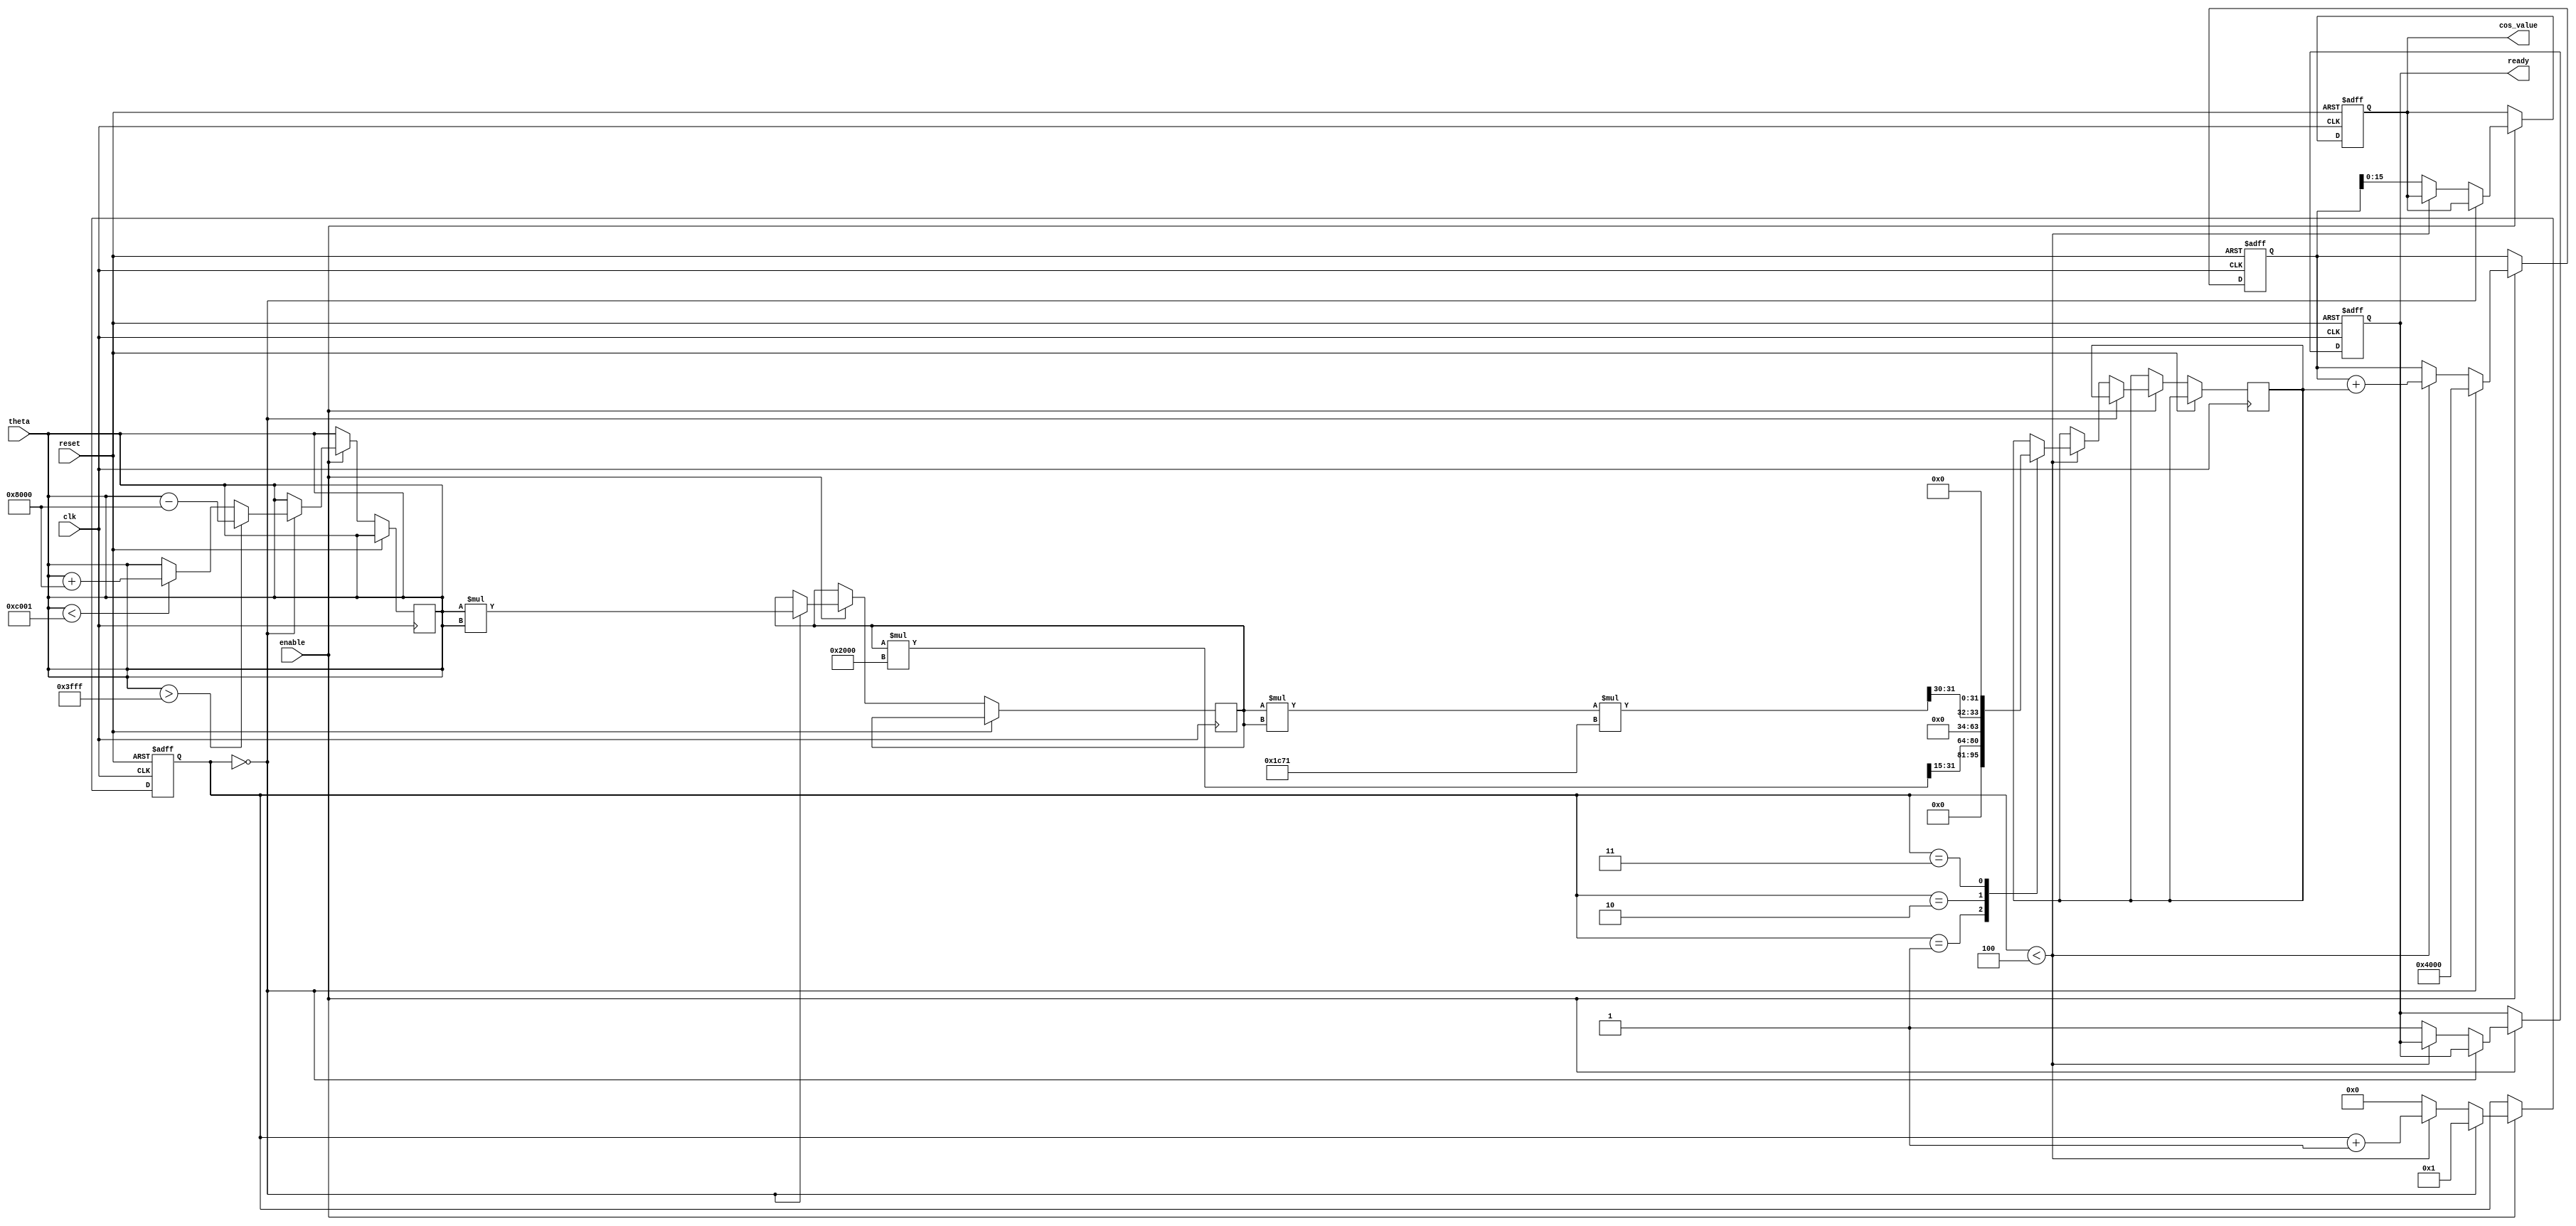
module cosine_block (
    input wire clk,
    input wire reset,
    input wire enable,
    input wire signed [15:0] theta, // Q1.15 fixed-point input
    output reg signed [15:0] cos_value, // Q1.15 fixed-point output
    output reg ready
);

    // Constants for Taylor series coefficients
    localparam signed [15:0] COEFF_0 = 16'h4000; // 1.0 in Q1.15
    localparam signed [15:0] COEFF_2 = -16'h2000; // -1/2! in Q1.15
    localparam signed [15:0] COEFF_4 = 16'h1C71; // 1/4! in Q1.15 (approx 0.041666)
    localparam signed [15:0] COEFF_6 = -16'h0D5E; // -1/6! in Q1.15 (approx -0.001388)

    // State variables
    reg [3:0] term_count; // Number of terms computed
    reg signed [31:0] x_squared; // x^2 for Taylor series
    reg signed [31:0] term; // Current term in the series
    reg signed [31:0] sum; // Accumulated sum of terms

    // Range reduction to [-, ]
    function signed [15:0] range_reduce(input signed [15:0] angle);
        begin
            if (angle > 16'h3FFF) // angle > 
                range_reduce = angle - 16'h8000; // angle - 2
            else if (angle < -16'h3FFF) // angle < -
                range_reduce = angle + 16'h8000; // angle + 2
            else
                range_reduce = angle;
        end
    endfunction

    // Main computation
    always @(posedge clk or posedge reset) begin
        if (reset) begin
            cos_value <= 16'h0000;
            ready <= 1'b0;
            term_count <= 0;
            sum <= 0;
        end else if (enable) begin
            if (term_count == 0) begin
                // Initialize for new computation
                theta <= range_reduce(theta);
                x_squared <= theta * theta; // x^2
                sum <= COEFF_0; // Start with the first term (1)
                term_count <= 1; // Start counting terms
            end else if (term_count < 4) begin
                // Compute the next term in the Taylor series
                case (term_count)
                    1: term <= (x_squared * COEFF_2) >> 15; // -x^2/2!
                    2: term <= (x_squared * x_squared * COEFF_4) >> 30; // x^4/4!
                    3: term <= (x_squared * x_squared * x_squared * COEFF_6) >> 45; // -x^6/6!
                endcase
                sum <= sum + term; // Accumulate the sum
                term_count <= term_count + 1; // Move to the next term
            end else begin
                // Finished computing the cosine value
                cos_value <= sum[15:0]; // Take the lower 16 bits as output
                ready <= 1'b1; // Indicate that the computation is ready
                term_count <= 0; // Reset for next computation
            end
        end
    end
endmodule